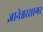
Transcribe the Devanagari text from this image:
ज्ञानेश्वरसागर